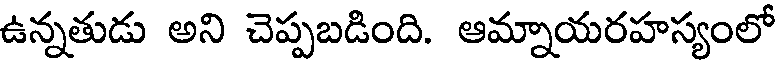
ఉన్నతుడు అని చెప్పబడింది. ఆమ్నాయరహస్యంలో